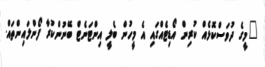
"މީގެ ދުވަސްކޮޅެއް ކުރިން އޯޑިޓެއްގައި އެ މީހުން ބެލީ އިންޓަނެޓް ބޭނުންކުރާ ފޯންލައިންތައް.